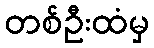
တစ်ဦးထံမှ